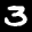
Label: 3